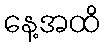
နေ့အထိ